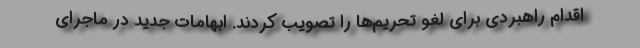
اقدام راهبردی برای لغو تحریم‌ها را تصویب کردند. ابهامات جدید در ماجرای